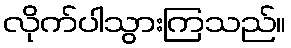
လိုက်ပါသွားကြသည်။